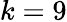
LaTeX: k=9